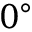
0 ^ { \circ }